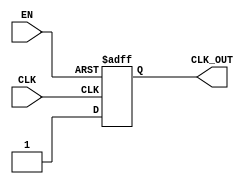
module clock_gating_buffer (
    input wire CLK,      // Primary clock input
    input wire EN,       // Enable signal
    output reg CLK_OUT   // Gated clock output
);

    // Always block sensitive to the primary clock
    always @(posedge CLK or negedge EN) begin
        if (!EN) begin
            // If EN is low, hold the output clock low
            CLK_OUT <= 1'b0;
        end else begin
            // If EN is high, propagate the clock
            CLK_OUT <= 1'b1;  // Clock propagation
        end
    end

    // Optional: Add a reset condition to ensure stable operation
    initial begin
        CLK_OUT = 1'b0; // Initialize CLK_OUT to low
    end

endmodule